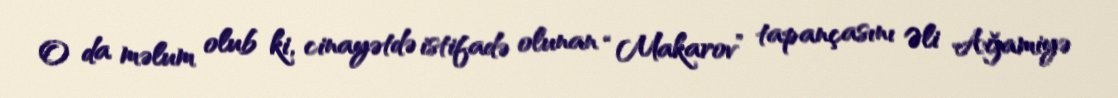
O da məlum olub ki, cinayətdə istifadə olunan “Makarov” tapançasını Əli Ağamiyə